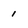
Character: 1